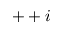
+ + i